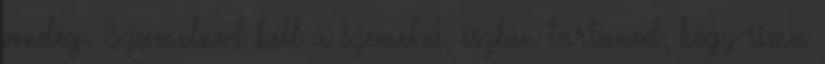
vendég. Számolnod kell a szemeket, észben tartanod, hogy sima